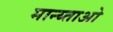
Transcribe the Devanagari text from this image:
मान्य्ताओ